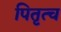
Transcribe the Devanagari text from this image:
पितृत्च